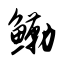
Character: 鳓